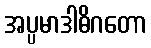
အပ္ပမာဒါဓိဂတော